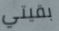
بقيتي